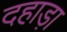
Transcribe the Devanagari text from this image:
दहाड़ा